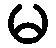
မ